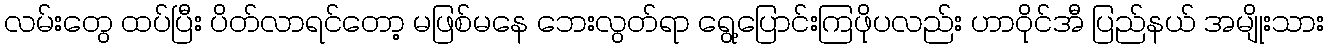
လမ်းတွေ ထပ်ပြီး ပိတ်လာရင်တော့ မဖြစ်မနေ ဘေးလွတ်ရာ ရွေ့ပြောင်းကြဖိုပလည်း ဟာဝိုင်အီ ပြည်နယ် အမျိုးသား